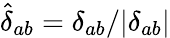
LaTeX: \hat{\delta}_{ab}=\delta_{ab}/|\delta_{ab}|